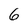
Character: 6